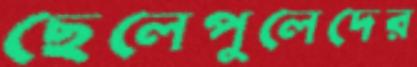
ছেলেপুলেদের